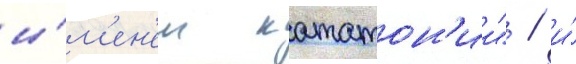
и́м'ен'ем кататон'ии" / и́